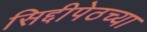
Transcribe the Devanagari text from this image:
सिद्दीपेठच्या